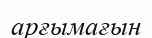
арғымағын